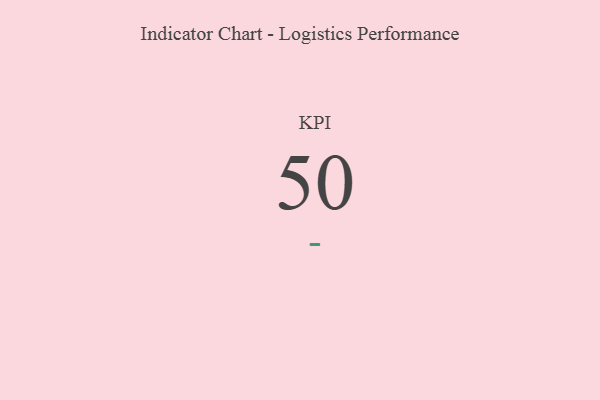
{"axis": {"x": "KPI", "y": "Value"}, "legend": [""], "data": [{"x": "KPI", "y": 50, "type": ""}]}